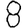
Digit: 8